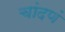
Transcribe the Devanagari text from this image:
चांदणं